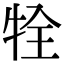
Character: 牷